Report of the Indian Hemp Drugs Commission, 1894-1895 - Volume V
Year: 1894
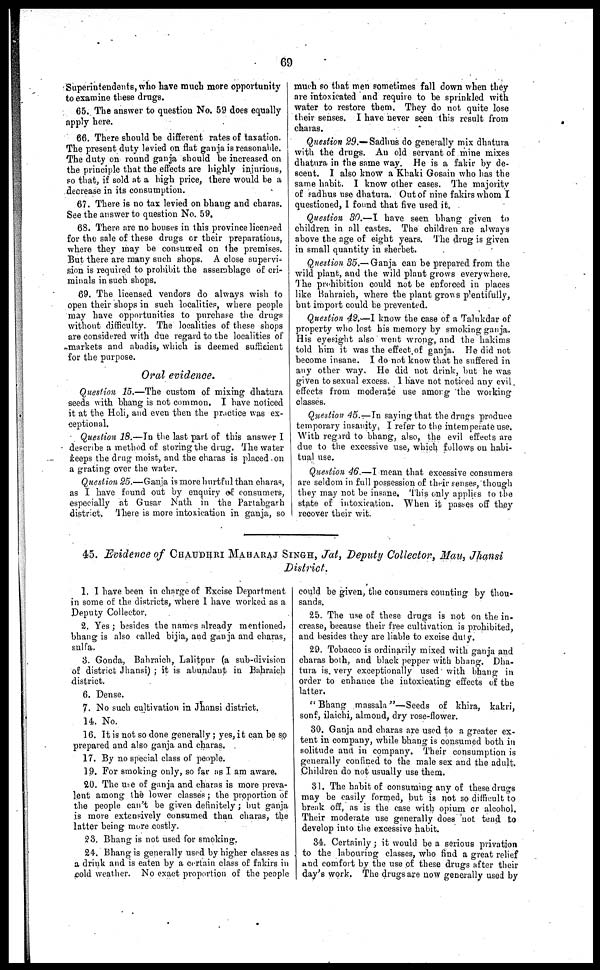
69
Superintendents, who have much more opportunity
to examine these drugs.
65. The answer to question No. 59 does equally
apply here.
66. There should be different rates of taxation.
The present duty levied on flat ganja is reasonable.
The duty on round ganja should be increased on
the principle that the effects are highly injurious,
so that, if sold at a high price, there would be a
decrease in its consumption.
67. There is no tax levied on bhang and charas.
See the answer to question No. 59,
68. There are no houses in this province licensed
for the sale of these drugs or their preparations,
where they may be consumed on the premises.
But there are many such shops. A close supervi-
sion is required to prohibit the assemblage of cri-
minals in such shops.
69. The licensed vendors do always wish to
open their shops in such localities, where people
may have opportunities to purchase the drugs
without difficulty. The localities of these shops
are considered with due regard to the localities of
markets and abadis, which is deemed sufficient
for the purpose.
Oral evidence.
Question 15.—The custom of mixing dhatura
seeds with bhang is not common. I have noticed
it at the Holi, and even then the practice was ex-
ceptional.
Question 18.—In the last part of this answer I
describe a method of storing the drug. The water
Keeps the drug moist, and the charas is placed on
a grating over the water,
Question 25.—Ganja is more hurtful than charas,
as I have found out by enquiry of consumers,
especially at Gusar Nath in the Partabgarh
district. There is more intoxication in ganja, so
much so that men sometimes fall down when they
are intoxicated and require to be sprinkled with
water to restore them. They do not quite lose
their senses. I have never seen this result from
charas.
Question 29.—Sadbus do generally mix dhatura
with the drugs. An old servant of mine mixes
dhatura in the same way. He is a fakir by de-
scent. I also know a Khaki Gosain who has the
same habit. I know other cases. The majority
of sadhus use dhatura. Out of nine fakirs whom I
questioned, I found that five used it.
Question 30.—I have seen bhang given to
children in all castes. The children are always
above the age of eight years. The drug is given
in small quantity in sherbet.
Question 35.—Ganja can be prepared from the
wild plant, and the wild plant grows everywhere.
The prohibition could not be enforced in places
like Bahraich, where the plant grows plentifully,
but import could be prevented.
Question 42.—I know the case of a Talukdar of
property who lost his memory by smoking ganja.
His eyesight also went wrong, and the hakims
told him it was the effect of ganja. He did not
become insane. I do not know that he suffered in
any other way. He did not drink, hut he was
given to sexual excess, 1 have not noticed any evil
effects from moderate use among the working
classes.
Question 45.—In saying that the drugs produce
temporary insanity, I refer to the intemperate use.
With regard to bhang, also, the evil effects are
due to the excessive use, which follows on habi-
tual use.
Question 46.—I mean that excessive consumers
are seldom in full possession of their senses, though
they may not be insane. This only applies to the
state of intoxication. When it passes off they
recover their wit.
45. Evidence of CHAUDHRI MAHARAJ SINGH, Jat, Deputy Collector, Mau, Jhansi
District.
1. I have been in charge of Excise Department
in some of the districts, where 1 have worked as a
Deputy Collector.
2. Yes ; besides the names already mentioned,
bhang is also called bijia, and ganja and charas,
sulfa.
3. Gonda, Bahraich, Lalitpur (a sub-division
of district Jhansi) ; it is abundant in Bahraich
district.
6. Dense.
7. No such cultivation in Jhansi district.
14. No.
16. It is not so done generally ; yes, it can be so
prepared and also ganja and charas.
17. By no special class of people.
19. For smoking only, so far as I am aware.
20. The use of ganja and charas is more preva-
lent among the lower classes ; the proportion of
the people can't be given definitely ; but ganja
is more extensively consumed than charas, the
latter being more costly.
23. Bhang is not used for smoking.
24. Bhang is generally used by higher classes as
a drink and is eaten by a certain class of fakirs in
cold weather. No exact proportion of the people
could be given, the consumers counting by thou-
sands.
25. The use of these drugs is not on the in-
crease, because their free cultivation is prohibited,
and besides they are liable to excise duty.
29. Tobacco is ordinarily mixed with ganja and
charas both, and black pepper with bhang. Dha-
tura is very exceptionally used with bhang in
order to enhance the intoxicating effects of the
latter.
"Bhang massala"—Seeds of khira, kakri,
sonf, ilaichi, almond, dry rose-flower.
30. Ganja and charas are used to a greater ex-
tent in company, while bhang is consumed both in
solitude and in company. Their consumption is
generally confined to the male sex and the adult.
Children do not usually use them.
31. The habit of consuming any of these drugs
may be easily formed, but is not so difficult to
break off, as is the case with opium or alcohol.
Their moderate use generally does not tend to
develop into the excessive habit.
34. Certainly ; it would be a serious privation
to the labouring classes, who find a great relief
and comfort by the use of these drugs after their
day's work. The drugs are now generally used by